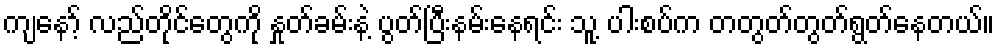
ကျနော့် လည်တိုင်တွေကို နှုတ်ခမ်းနဲ့ ပွတ်ပြီးနမ်းနေရင်း သူ့ ပါးစပ်က တတွတ်တွတ်ရွတ်နေတယ်။